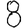
Digit: 8